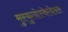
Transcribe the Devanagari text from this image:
मुस्कुलोस्केलेतल